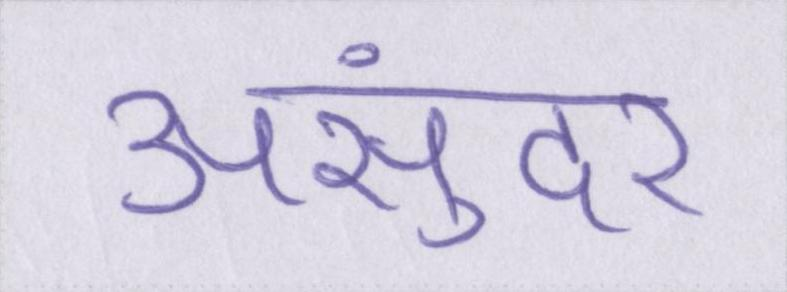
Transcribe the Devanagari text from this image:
असुंदर